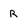
Character: R